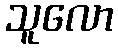
သူလော